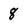
Character: 8